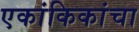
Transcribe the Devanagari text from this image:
एकांकिकांचा